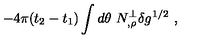
- 4 \pi ( t _ { 2 } - t _ { 1 } ) \int d \theta \ N _ { , \rho } ^ { \perp } \delta g ^ { 1 / 2 } \ ,